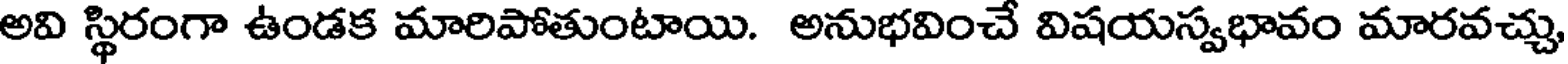
అవి స్థిరంగా ఉండక మారిపోతుంటాయి. అనుభవించే విషయస్వభావం మారవచ్చు